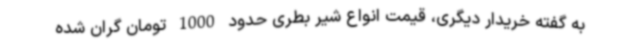
به گفته خریدار دیگری، قیمت انواع شیر بطری حدود 1000 تومان گران شده